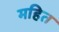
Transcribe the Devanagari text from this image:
महित